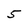
Character: 5